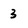
Character: 3